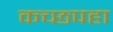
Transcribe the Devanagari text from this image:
कच्छपहा